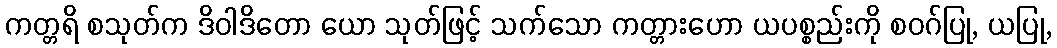
ကတ္တရိ စသုတ်က ဒိဝါဒိတော ယော သုတ်ဖြင့် သက်သော ကတ္တားဟော ယပစ္စည်းကို စဝဂ်ပြု, ယပြု,